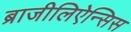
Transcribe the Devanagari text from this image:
ब्राजीलिऐन्सिस